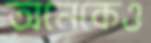
অনেকেও